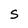
Character: S